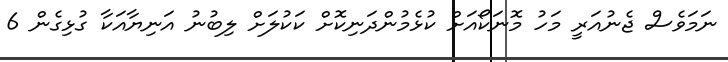
ނަމަވެސް ޖެނުއަރީ މަހު މޮނަކޯއަށް ކުޅެމުންދަނިކޮށް ކަކުލަށް ލިބުނު އަނިޔާއަކާ ގުޅިގެން 6